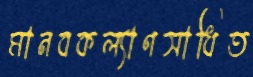
মানবকল্যাণসাধিত